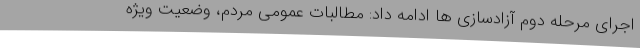
اجرای مرحله دوم آزادسازی ها ادامه داد: مطالبات عمومی مردم، وضعیت ویژه